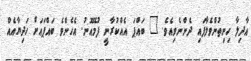
އާދިލާ ހިނިތުންވެލާފައި ދެންނެވިއެވެ. " ބައްޕަ އެއްކުރާނީ ފުމޭއޮނު. އެހެންވެ ބައްޕައަށް ހަދިޔާއެއް